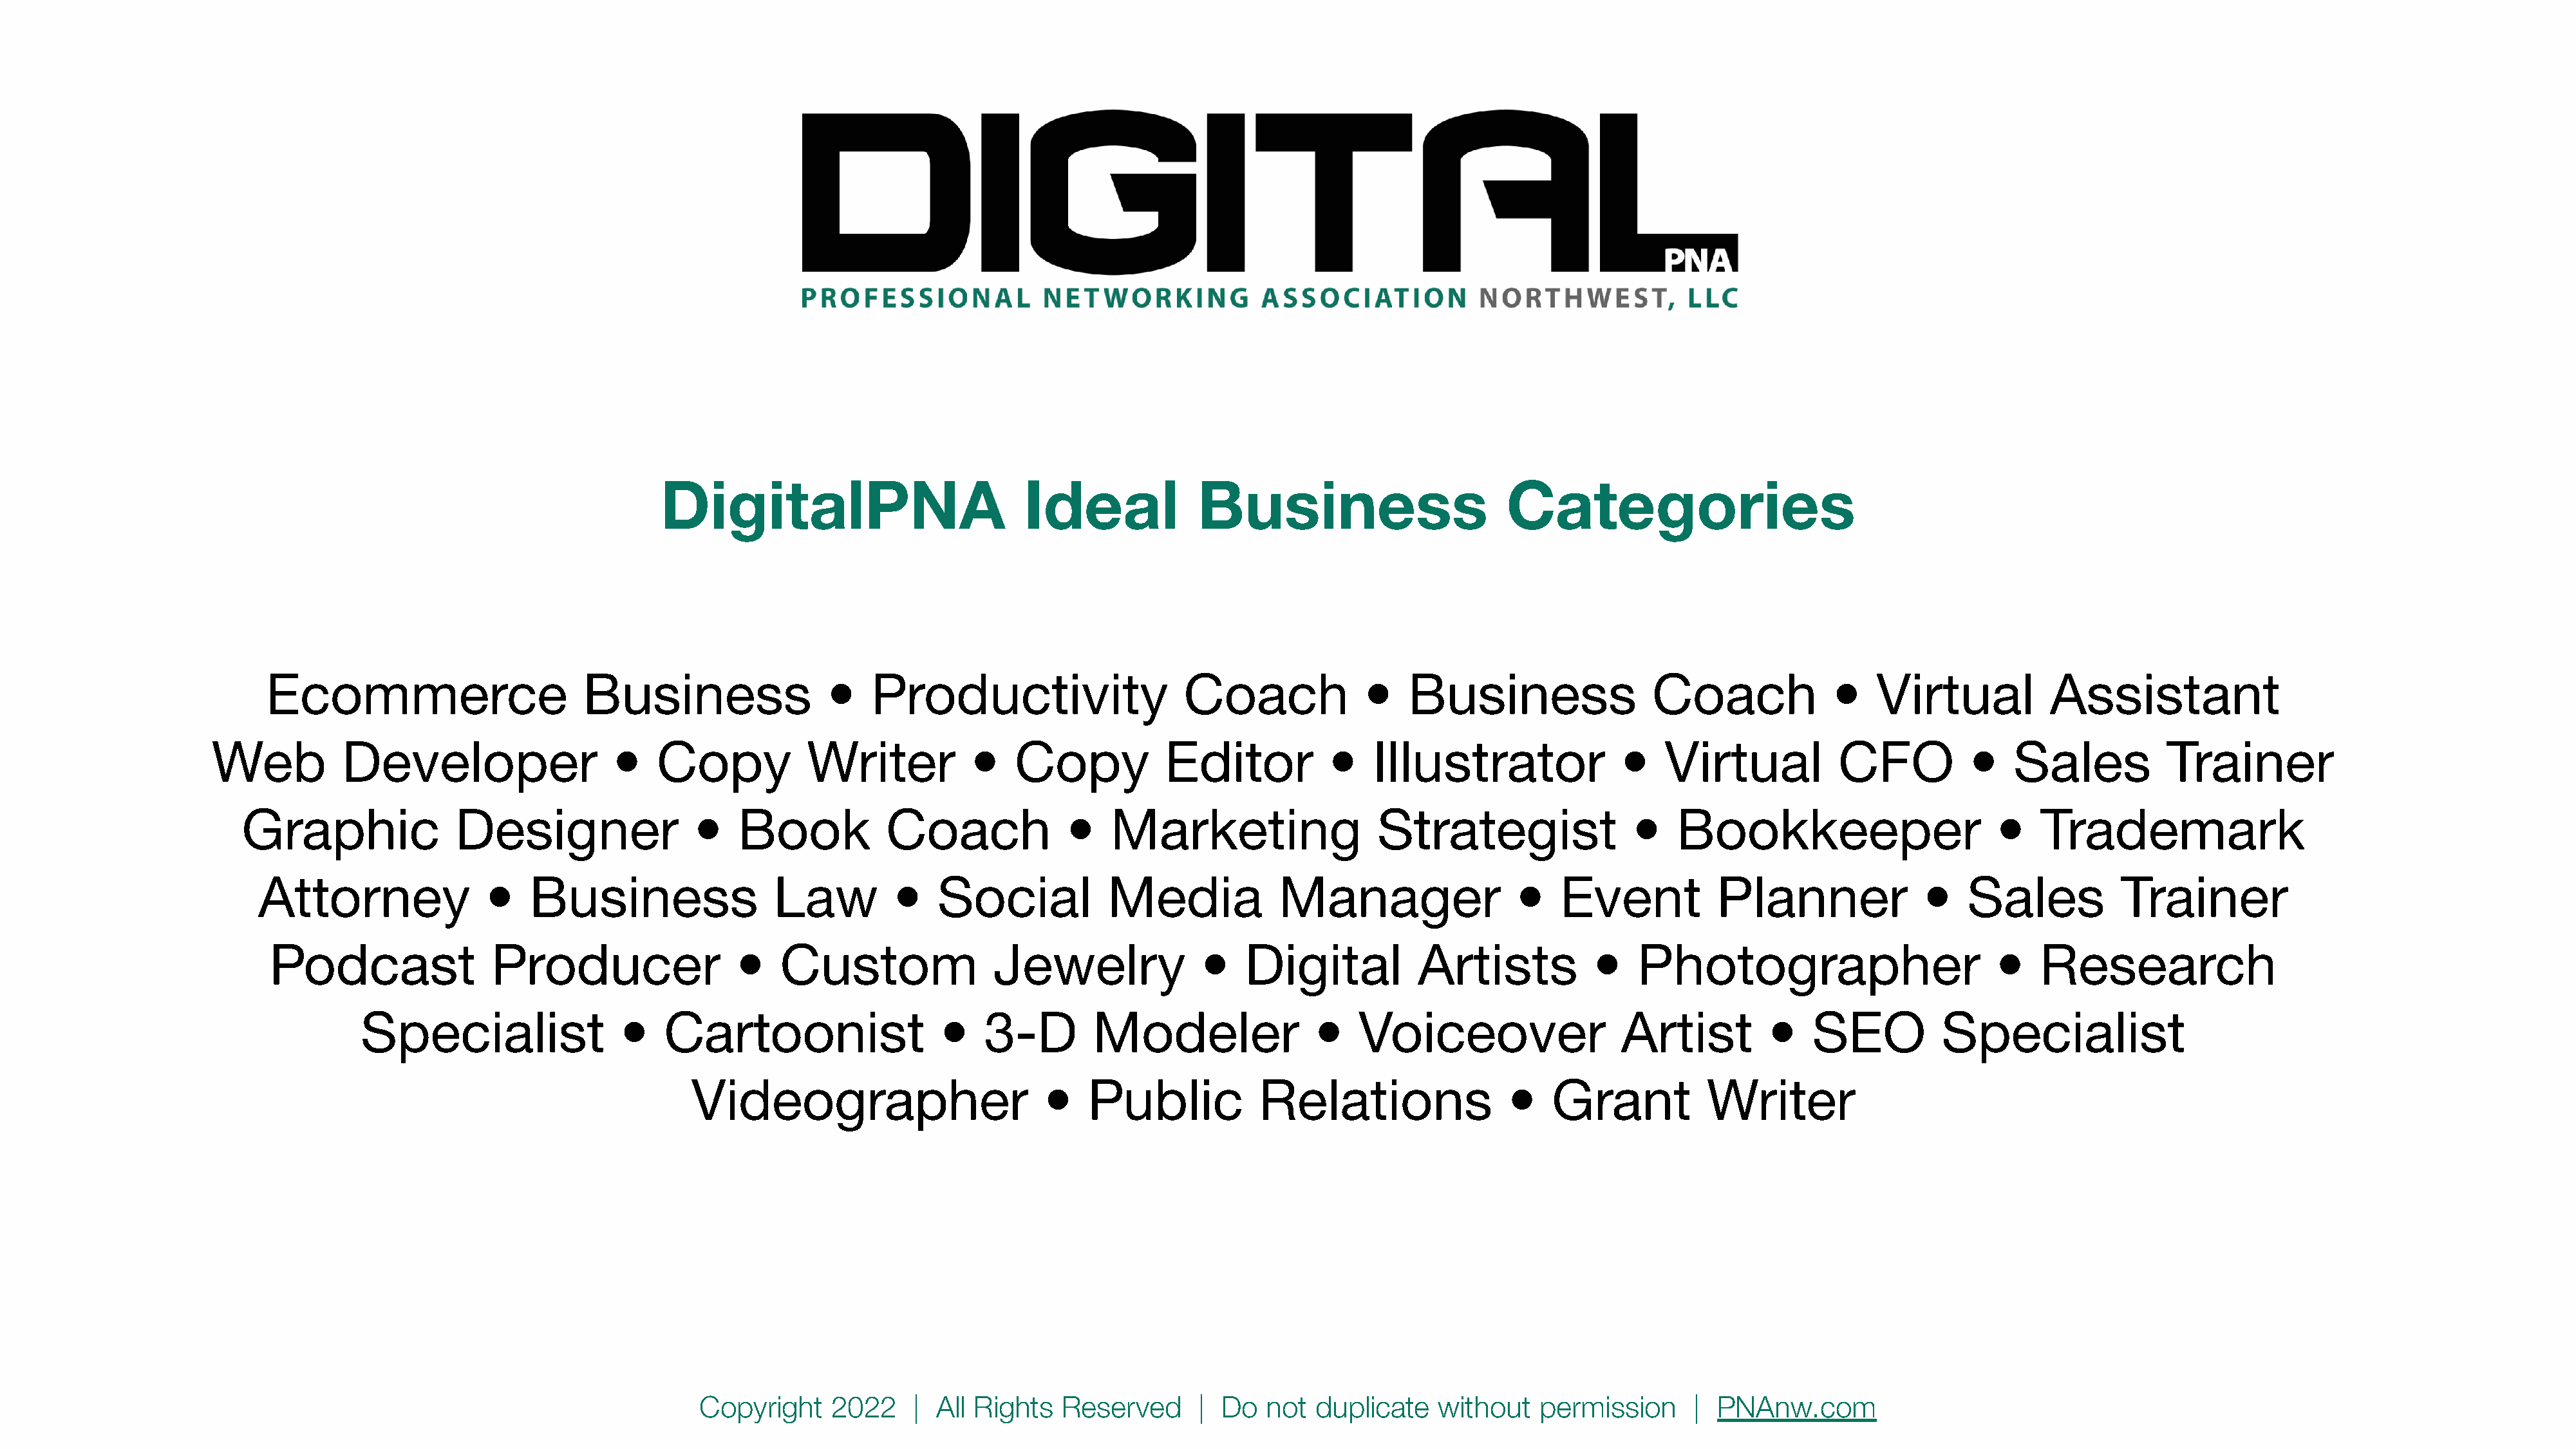
DigitalPNA                           Ideal             Business                        Categories
 Ecommerce                        Business                 •    Productivity                    Coach             •    Business                 Coach             •    Virtual           Assistant
 Web          Developer                   •    Copy           Writer           •   Copy            Editor           •   Illustrator               •   Virtual           CFO          •    Sales           Trainer
 Graphic               Designer                •    Book           Coach              •   Marketing                   Strategist                •   Bookkeeper                       •    Trademark
 Attorney               •   Business                  Law         •   Social            Media            Manager                  •   Event           Planner               •   Sales           Trainer
 Podcast                Producer                 •   Custom                Jewelry              •    Digital           Artists           •   Photographer                         •    Research
 Specialist                 •   Cartoonist                   •   3-D        Modeler                •    Voiceover                  Artist         •   SEO           Specialist
 Videographer                        •    Public           Relations                 •    Grant          Writer
 Copyright    2022     | All Rights   Reserved      |  Do  not  duplicate    without   permission      |  PNAnw.com